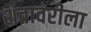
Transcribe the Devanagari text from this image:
शतावरीला